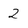
Character: 2